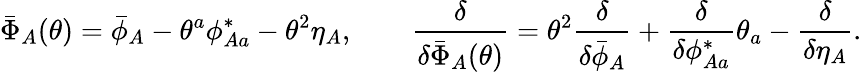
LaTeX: \bar{\Phi}_{A}(\theta)=\bar{\phi}_{A}-\theta^{a}\phi_{Aa}^{*}-\theta^{2}\eta_{A},\qquad\frac{\delta}{\delta\bar{\Phi}_{A}(\theta)}=\theta^{2}\frac{\delta}{\delta\bar{\phi}_{A}}+\frac{\delta}{\delta\phi_{Aa}^{*}}\theta_{a}-\frac{\delta}{\delta\eta_{A}}.